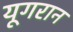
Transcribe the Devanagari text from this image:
यूगरान